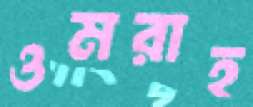
ওমরাহ